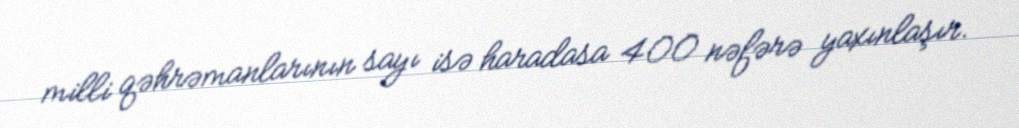
milli qəhrəmanlarının sayı isə haradasa 400 nəfərə yaxınlaşır.